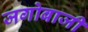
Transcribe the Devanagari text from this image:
जगोबाजी